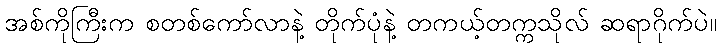
အစ်ကိုကြီးက စတစ်ကော်လာနဲ့ တိုက်ပုံနဲ့ တကယ့်တက္ကသိုလ် ဆရာဂိုက်ပဲ။